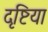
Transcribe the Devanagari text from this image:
दृष्टिया